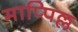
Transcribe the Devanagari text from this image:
माप्पिल्ल